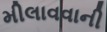
મીલાવવાની